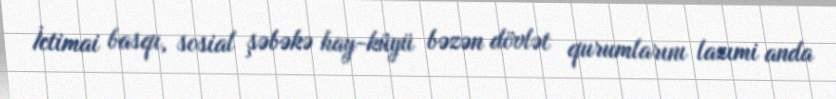
İctimai basqı, sosial şəbəkə hay-küyü bəzən dövlət qurumlarını lazımi anda